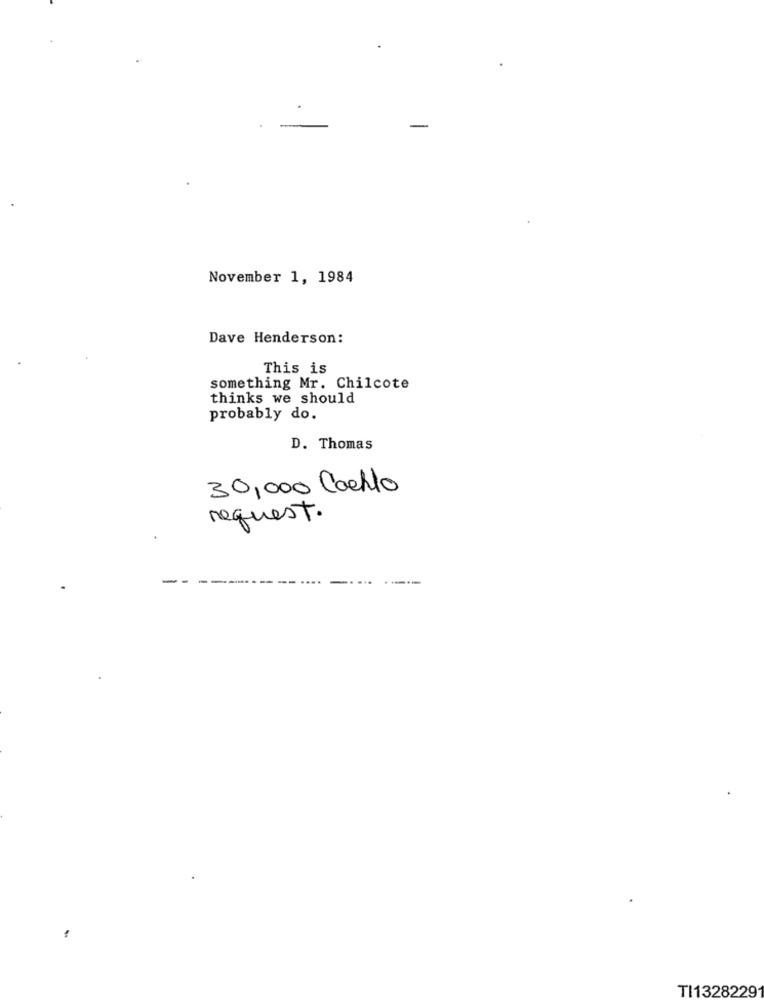
November 1, 1984
Dave Henderson:
This is
something Mr. Chilcote
thinks we should
probably do.
D. Thomas
30,000 Coello
request.
TI1328229